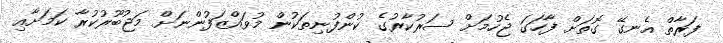
ފަރާތް އެނގޭ ގޮތަށް ފާހަގަ ޖެހުމަށް ސަރުކާރުގެ ކުންފުނިތަކުން މުވައްޒަފުންނަށް މަޖުބޫރުކުރާ ކަމަށާއި